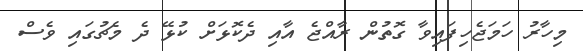
މިހާރު ހަމަޖެހިފައިވާ ގޮތުން ރާއްޖެ އާއި ދެކޮޅަށް ކުޅޭ ދެ މެޗުގައި ވެސް